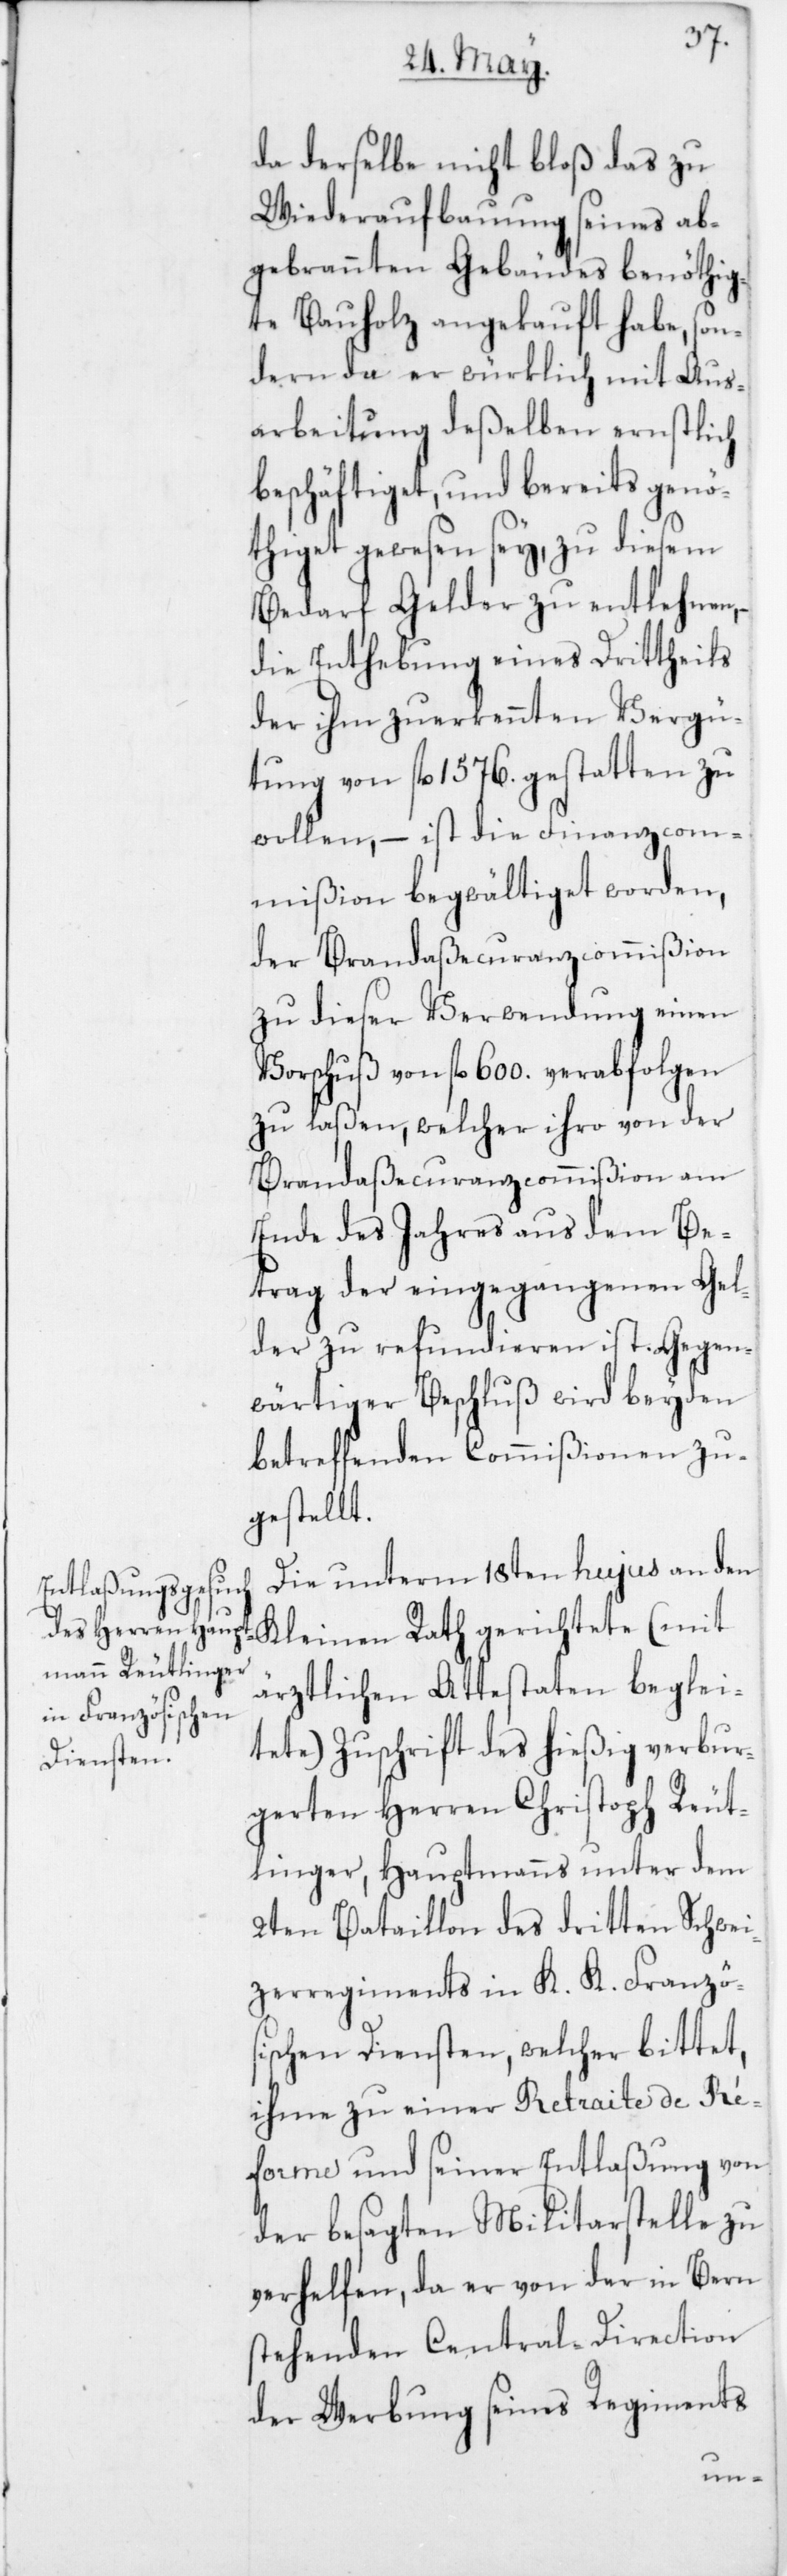
da derselbe nicht bloß das zu
Wiederaufbauung seines ab¬
gebrannten Gebäudes benöthig¬
te Bauholz angekauft habe, son¬
dern da er würklich mit Aus¬
arbeitung deßelben ernstlich
beschäftiget, und bereits genö¬
thiget gewesen sey, zu diesem
Bedarf Gelder zu entlehnen,
die Enthebung eines Dritttheils
der ihm zuerkennten Vergü¬
tung von fl. 1576 gestatten zu
wollen, – ist die Finanzcom¬
mißion begwältiget worden,
der Brandaßecuranzcommißion
zu dieser Verwendung einen
Vorschuß von fl. 600 verabfolgen
zu laßen, welche ihro von der
Brandaßecuranzcommißion am
Ende des Jahres aus dem Be¬
trag der eingegangenen Gel¬
der zu refundieren ist.
wärtiger Beschluß wird beyden
betreffenden Commißionen zu¬
gestellt.
Die unterm 18ten hujus an den
Kleinen Rath gerichtete (mit
ärztlichen Attestaten beglei¬
tete) Zuschrift des hießig verbur¬
gerten Herren Christoph Reut¬
linger, Hauptmanns unter dem
2ten Bataillon des dritten Schwei¬
zerregiments in K. K. Französ¬
ischen Diensten, welcher bittet,
ihme zu einer Retraite de Ré¬
forme und seiner Entlaßung von
der besagten Militarstelle zu
verhelfen, da er von der in Bern
stehenden Central-Direction
der Werbung seines Regiments
Gegen¬